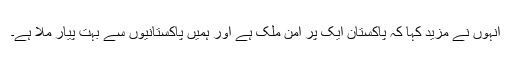
انہوں نے مزید کہا کہ پاکستان ایک پر امن ملک ہے اور ہمیں پاکستانیوں سے بہت پیار ملا ہے۔